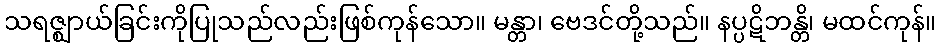
သရဇ္ဈာယ်ခြင်းကိုပြုသည်လည်းဖြစ်ကုန်သော။ မန္တာ၊ ဗေဒင်တို့သည်။ နပ္ပဋိဘန္တိ၊ မထင်ကုန်။